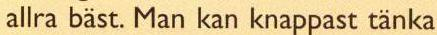
allra bäst. Man kan knappast tänka